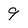
Character: 9